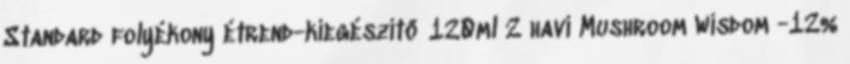
Standard folyékony étrend-kiegészítő 120ml 2 havi Mushroom Wisdom -12%